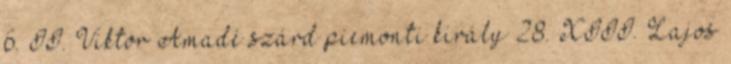
6. II. Viktor Amadé szárd–piemonti király 28. XIII. Lajos